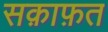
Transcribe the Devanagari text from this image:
सक़ाफ़त